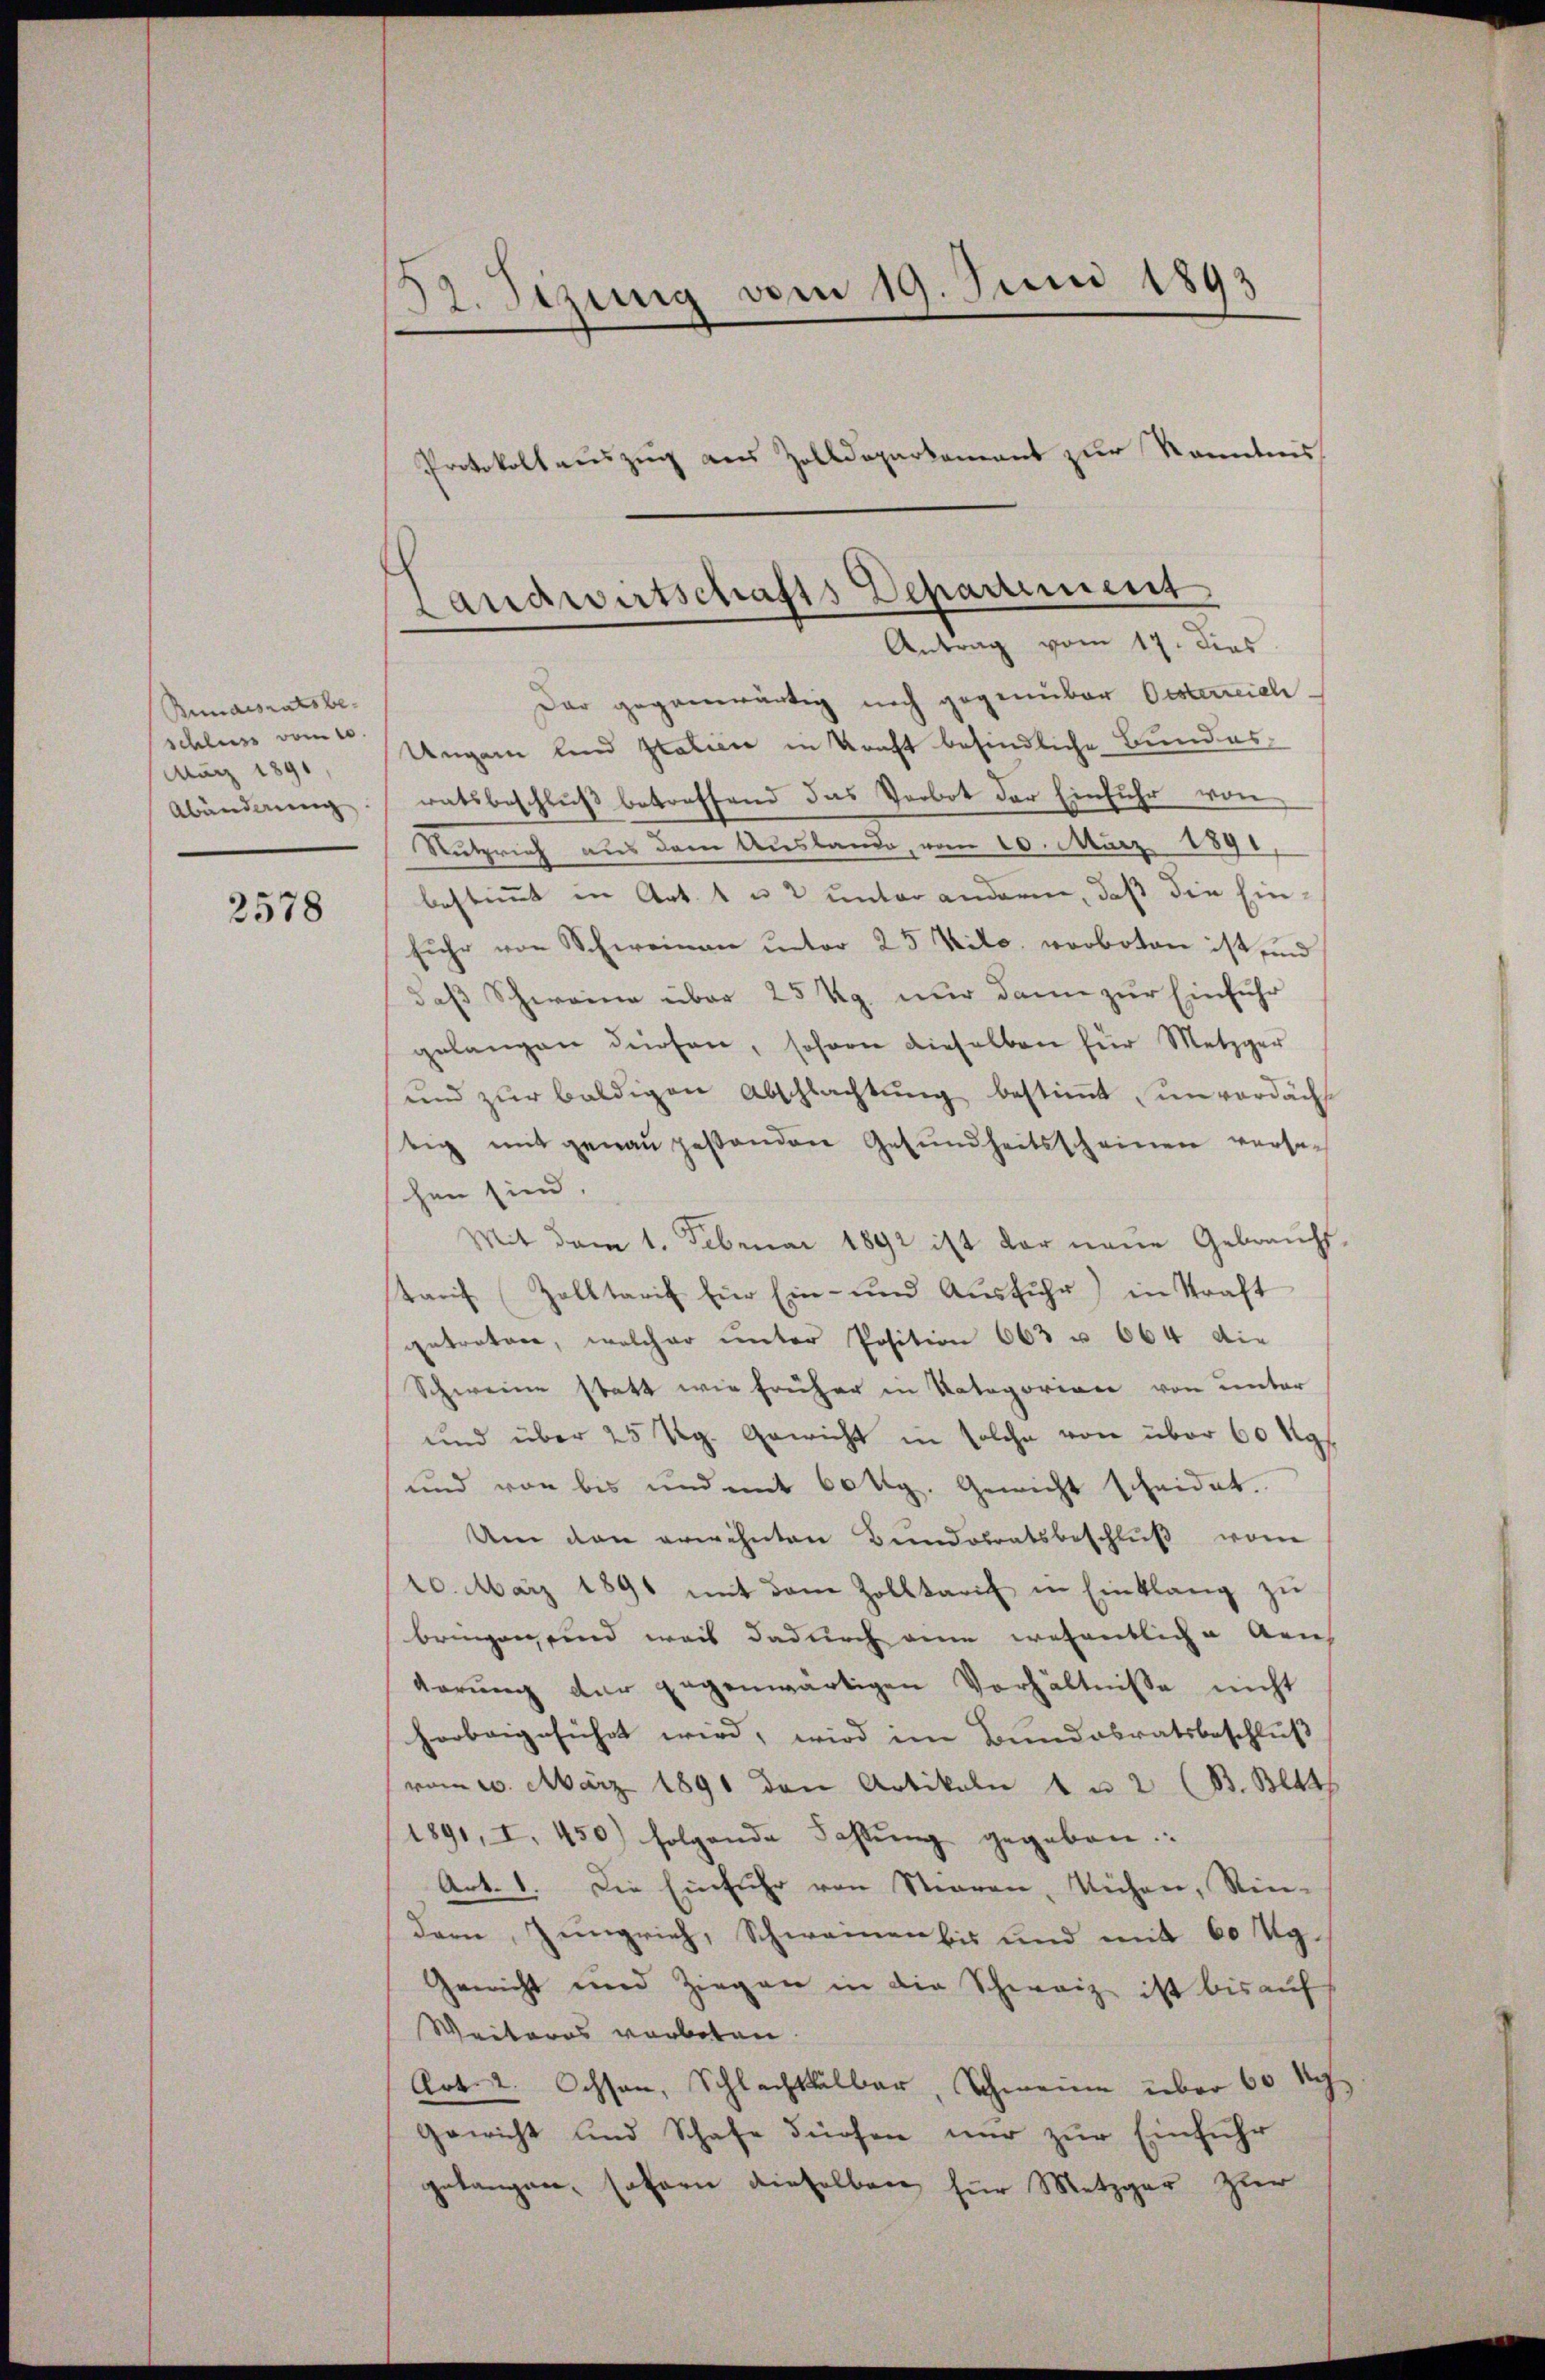
Bundesratsbe-
schluss vom 10
März 1891
Abänderung

2578

Br. Sizung vom 19. Juni 1893

Protokollauszug aus Zolldepartement zur Kenntnis
Der gegenwärtig noch gegenüber Oesterreich
Ungarn und Italiere in Kraft befindliche Bundesratsbeschluß betreffend das Verbot der Einfuhr von
Rutzrich aus dem Auslande, vom 10. März 1891
bestimmt in Art. 1 u. 2 unter andern, daß die Einfuhr von Schweinau unter 25 Kilo verboten ist und
daß Schweine über 25 Rp. nur dann zur Einfuhr
gelangen dürfen, sofern dieselben für Metzger
und zŭr baldigen Abschlachtŭng bestimmt unverdächt
tig mitgenau gestanden Gesundheitsscheinen versaschen sind.
Mit dem 1. Februar 1892 ist der neue Gebrauchs-
kauf Zolltarif für Ein- und Ausführ) in Straft
getratore, welcher unter Position 663 u. 664 die
Schweine statt wie früher in Kategorien von unter
und über 25 Rg. Gewicht in solche von über 60 Kgl.
und von bis und mit 60 Mg. Gewicht scheidet.
Um den erwähnten Bundesratsbeschlŭβ vom
10. März 1891 mit dem Zolltarif in Einklang zŭ
bringen und weis dadurch eine wesentliche Aus
derŭng der gegenwärtigen Verhältnisse nicht
horbangeführt wird, wird im Bundesratsbeschluß
vom 20. März 1891 den Artikeln 4 u. 2 (B. Bett
1891, I. 450) folgende Fastŭng gegeben.
Art. 1. Die Einfuhr von Stieren, Kühen, Rin-
dern Zungrich, Schweinen bis und mit 60 Ug¬
Gewicht und Ziegen in die Schweiz ist bis auf
Weiteres verboten.
Cot. 2. Ochsen, Schlachthalber, Schweine über 60 kg
Gewicht und Schafe dürfen nur zur Einführ
gelangen, sofern dieselben für Metzger zur

Landwirtschafts Departement
Antrag vom 17. Dies